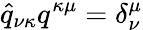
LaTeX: \widehat{q}_{\nu\kappa}q^{\kappa\mu}=\delta_{\nu}^{\mu}